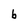
Character: b